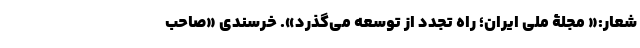
شعار:« مجلۀ ملی ایران؛ راه تجدد از توسعه می‌گذرد». خُرسندی «صاحب‌